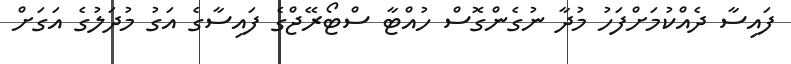
ފައިސާ ދެއްކުމަށްފަހު މުދާ ނުގެންގޮސް ހުއްޓާ ސްޓޯރޭޖްގެ ފައިސާގެ އަގު މުދަލުގެ އަގަށް